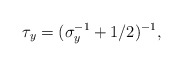
\begin{align*}\tau_y = (\sigma_y^{-1}+1/2)^{-1},\end{align*}